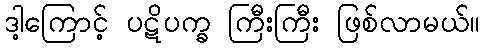
ဒါ့ကြောင့် ပဋိပက္ခ ကြီးကြီး ဖြစ်လာမယ်။